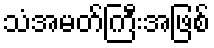
သံအမတ်ကြီးအဖြစ်